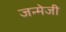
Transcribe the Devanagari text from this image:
जन्मेजी